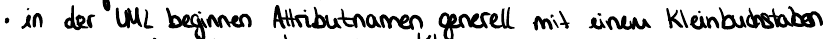
in der UML beginnen Attributnamen generell mit einem Kleinbuchstaben